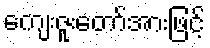
ကျေးဇူးတော်အားဖြင့်